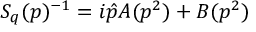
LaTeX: S _ { q } ( p ) ^ { - 1 } = i \hat { p } A ( p ^ { 2 } ) + B ( p ^ { 2 } )